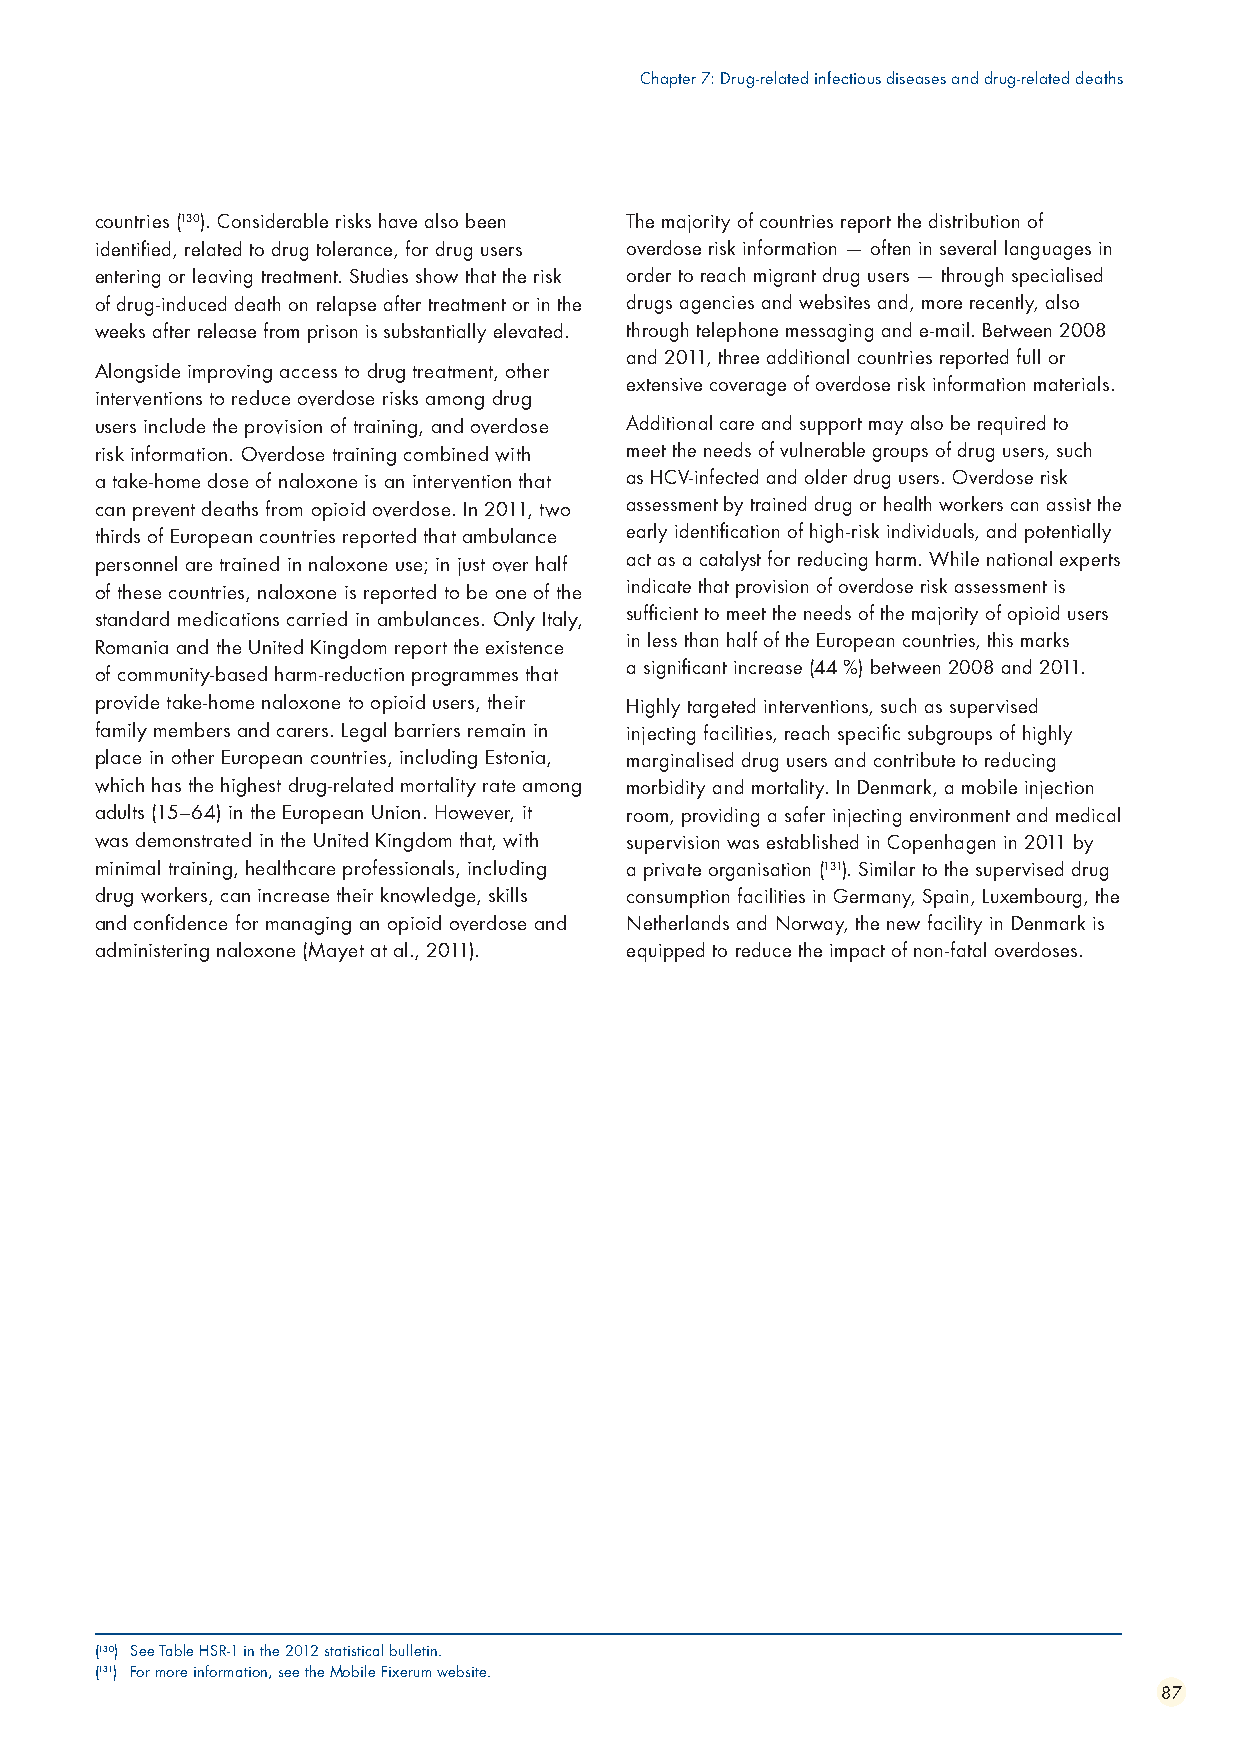
Chapter 7: Drug-related infectious diseases and drug-related deaths
 countries (130). Considerable risks have also been The majority of countries report the distribution of
 identified, related to drug tolerance, for drug users overdose risk information — often in several languages in
 entering or leaving treatment. Studies show that the risk order to reach migrant drug users — through specialised
 of drug-induced death on relapse after treatment or in the drugs agencies and websites and, more recently, also
 weeks after release from prison is substantially elevated. through telephone messaging and e-mail. Between 2008
 and 2011, three additional countries reported full or
 Alongside improving access to drug treatment, other
 extensive coverage of overdose risk information materials.
 interventions to reduce overdose risks among drug
 users include the provision of training, and overdose Additional care and support may also be required to
 risk information. Overdose training combined with meet the needs of vulnerable groups of drug users, such
 a take-home dose of naloxone is an intervention that as HCV-infected and older drug users. Overdose risk
 can prevent deaths from opioid overdose. In 2011, two assessment by trained drug or health workers can assist the
 thirds of European countries reported that ambulance early identification of high-risk individuals, and potentially
 personnel are trained in naloxone use; in just over half act as a catalyst for reducing harm. While national experts
 of these countries, naloxone is reported to be one of the indicate that provision of overdose risk assessment is
 sufficient to meet the needs of the majority of opioid users
 standard medications carried in ambulances. Only Italy,
 in less than half of the European countries, this marks
 Romania and the United Kingdom report the existence
 a significant increase (44 %) between 2008 and 2011.
 of community-based harm-reduction programmes that
 provide take-home naloxone to opioid users, their Highly targeted interventions, such as supervised
 family members and carers. Legal barriers remain in injecting facilities, reach specific subgroups of highly
 place in other European countries, including Estonia, marginalised drug users and contribute to reducing
 which has the highest drug-related mortality rate among morbidity and mortality. In Denmark, a mobile injection
 adults (15–64) in the European Union. However, it room, providing a safer injecting environment and medical
 was demonstrated in the United Kingdom that, with supervision was established in Copenhagen in 2011 by
 minimal training, healthcare professionals, including a private organisation (131). Similar to the supervised drug
 drug workers, can increase their knowledge, skills consumption facilities in Germany, Spain, Luxembourg, the
 and confidence for managing an opioid overdose and Netherlands and Norway, the new facility in Denmark is
 administering naloxone (Mayet at al., 2011). equipped to reduce the impact of non-fatal overdoses.
 (130) See Table HSR-1 in the 2012 statistical bulletin.
 (131) For more information, see the Mobile Fixerum website.
 87